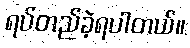
ရပ်တည်ခဲ့ရပါတယ်။